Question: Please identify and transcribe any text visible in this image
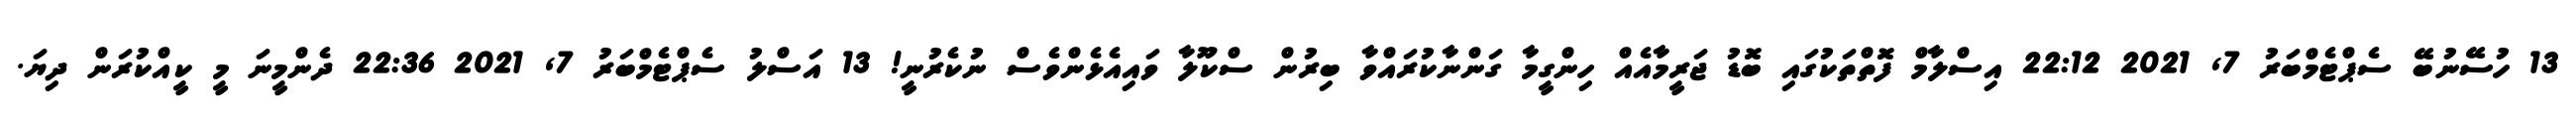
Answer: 13 ހުސޭނުބޭ ސެޕްޓެމްބަރު 7, 2021 22:12 އިސްލާމް ފޮތްތަކުގައި ބޮޑު ޖަރީމާއެއް ހިންގީމާ ގަންނާކުރައްވާ ބިރުން ސްކޫލާ ވައިއެޅެންވެސް ނުކެރުނީ! 13 އަސްލު ސެޕްޓެމްބަރު 7, 2021 22:36 ދެންމީނަ މީ ކީއްކުރަން ދިޔަ.